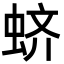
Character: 蛴